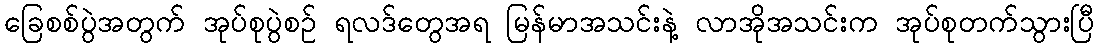
ခြေစစ်ပွဲအတွက် အုပ်စုပွဲစဉ် ရလဒ်တွေအရ မြန်မာအသင်းနဲ့ လာအိုအသင်းက အုပ်စုတက်သွားပြီ